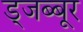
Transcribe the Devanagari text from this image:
ड्जब्बूर